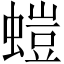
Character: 螘